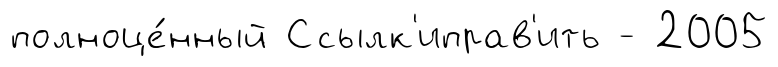
полноце́нный Ссылк'иправ'ить - 2005